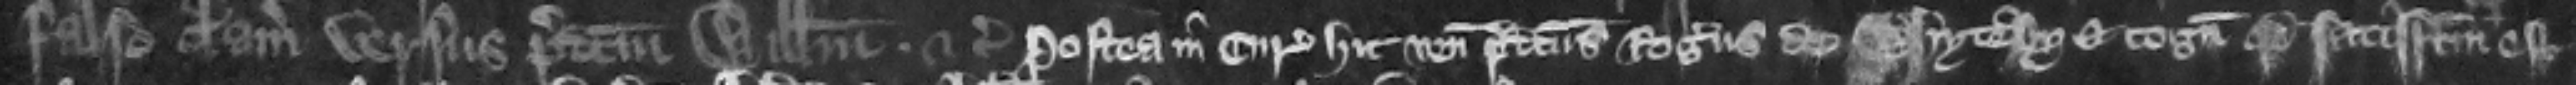
falso clamore versus predictum Willelmum etc. Postea in curia hic venit predictus Rogers de Whyteby et cognouit quod satisfactum est